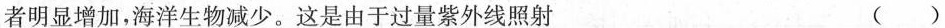
者明显增加，海洋生物减少。这是由于过量紫外线照射 ()